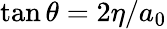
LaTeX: \tan{\theta}=2\eta/a_{0}